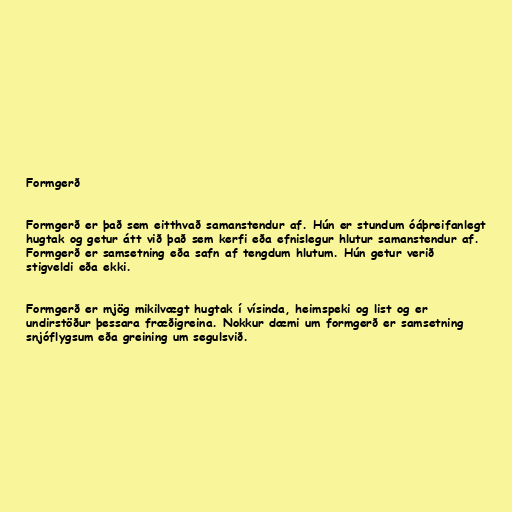
Formgerð

Formgerð er það sem eitthvað samanstendur af. Hún er stundum óáþreifanlegt
hugtak og getur átt við það sem kerfi eða efnislegur hlutur samanstendur af.
Formgerð er samsetning eða safn af tengdum hlutum. Hún getur verið
stigveldi eða ekki.

Formgerð er mjög mikilvægt hugtak í vísinda, heimspeki og list og er
undirstöður þessara fræðigreina. Nokkur dæmi um formgerð er samsetning
snjóflygsum eða greining um segulsvið.